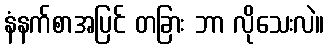
နံနက်စာအပြင် တခြား ဘာ လိုသေးလဲ။